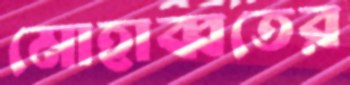
মোহাব্বতের